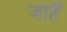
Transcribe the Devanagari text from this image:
जोहैं